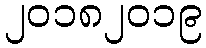
၂၀၁၈၂၀၁၉